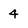
Character: 4